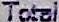
TOTAL